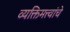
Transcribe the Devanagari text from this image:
व्यक्तिमत्त्वांचे